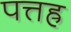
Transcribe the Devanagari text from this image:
पत्तह्र